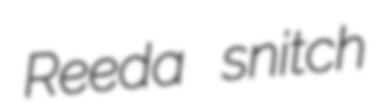
Reeda snitch